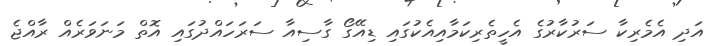
އަދި އެމެރިކާ ސަރުކާރުގެ އެހީތެރިކަމާއިއެކުގައި ޑިއޭގޯ ގާސިއާ ސަރަހައްދުގައި އޮތް މަނަވަރެއް ރާއްޖެ